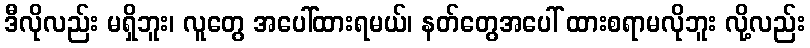
ဒီလိုလည်း မရှိဘူး၊ လူတွေ အပေါ်ထားရမယ်၊ နတ်တွေအပေါ် ထားစရာမလိုဘူး လို့လည်း